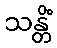
သန္တိံ